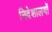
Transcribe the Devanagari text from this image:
निदेशालयों